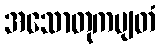
အသောတုကမျတံ